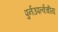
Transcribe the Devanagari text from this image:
पुर्नउपर्त्वचीय